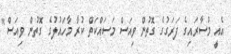
އެއީ މުސާރައިގެ ފަރަގުގެ ގޮތުން ވިއަސް މަސައްކަތް ކުރާ މާހައުލުގެ ގޮތުން ވިއަސް"